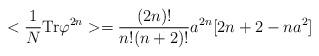
LaTeX: \begin{align*}< {1\over{N}} {\rm Tr}\varphi^{2n} > = {(2n)!\over{n! (n+2)!}} a^{2n} [ 2 n + 2 - n a^{2}]\end{align*}